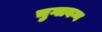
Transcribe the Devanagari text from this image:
चुग्लवग्ग